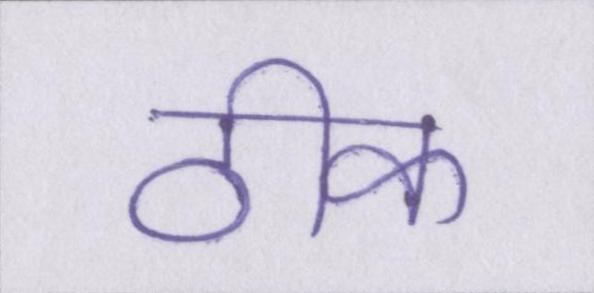
ठीक